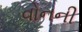
વોનની